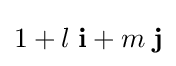
1+l\;\mathbf {i} +m\;\mathbf {j}